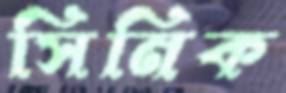
সিনিক